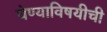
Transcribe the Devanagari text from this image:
घेण्याविषयीची